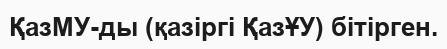
ҚазМУ-ды (қазіргі ҚазҰУ) бітірген.